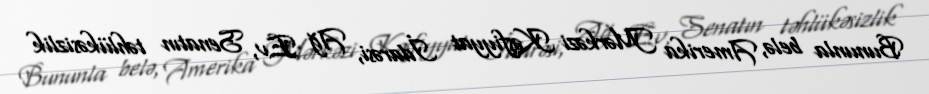
Bununla belə, Amerika Mərkəzi Kəşfiyyat İdarəsi, Ağ Ev, Senatın təhlükəsizlik